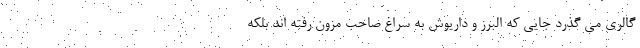
گالری می گذرد جایی که البرز و داریوش به سراغ صاحب مزون رفته اند بلکه